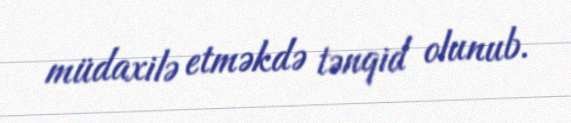
müdaxilə etməkdə tənqid olunub.